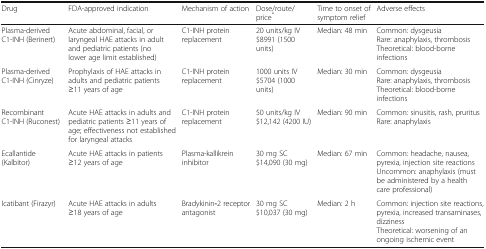
<table><thead><tr><td><b>Drug</b></td><td><b>FDA-approved indication</b></td><td><b>Mechanism of action</b></td><td><b>Dose/route/price<sup>*</sup></b></td><td><b>Time to onset of symptom relief</b></td><td><b>Adverse effects</b></td></tr></thead><tbody><tr><td>Plasma-derived C1-INH (Berinert)</td><td>Acute abdominal, facial, or laryngeal HAE attacks in adult and pediatric patients (no lower age limit established)</td><td>C1-INH protein replacement</td><td>20 units/kg IV$8991 (1500 units)</td><td>Median: 48 min</td><td>Common: dysgeusiaRare: anaphylaxis, thrombosisTheoretical: blood-borne infections</td></tr><tr><td>Plasma-derived C1-INH (Cinryze)</td><td>Prophylaxis of HAE attacks in adults and pediatric patients ≥11 years of age</td><td>C1-INH protein replacement</td><td>1000 units IV$5704 (1000 units)</td><td>Median: 30 min</td><td>Common: dysgeusiaRare: anaphylaxis, thrombosisTheoretical: blood-borne infections</td></tr><tr><td>Recombinant C1-INH (Ruconest)</td><td>Acute HAE attacks in adults and pediatric patients ≥11 years of age; effectiveness not established for laryngeal attacks</td><td>C1-INH protein replacement</td><td>50 units/kg IV$12,142 (4200 IU)</td><td>Median: 90 min</td><td>Common: sinusitis, rash, pruritusRare: anaphylaxis</td></tr><tr><td>Ecallantide (Kalbitor)</td><td>Acute HAE attacks in patients ≥12 years of age</td><td>Plasma-kallikrein inhibitor</td><td>30 mg SC$14,090 (30 mg)</td><td>Median: 67 min</td><td>Common: headache, nausea, pyrexia, injection site reactionsUncommon: anaphylaxis (must be administered by a health care professional)</td></tr><tr><td>Icatibant (Firazyr)</td><td>Acute HAE attacks in adults ≥18 years of age</td><td>Bradykinin<b>-</b>2 receptor antagonist</td><td>30 mg SC$10,037 (30 mg)</td><td>Median: 2 h</td><td>Common: injection site reactions, pyrexia, increased transaminases, dizzinessTheoretical: worsening of an ongoing ischemic event</td></tr></tbody></table>